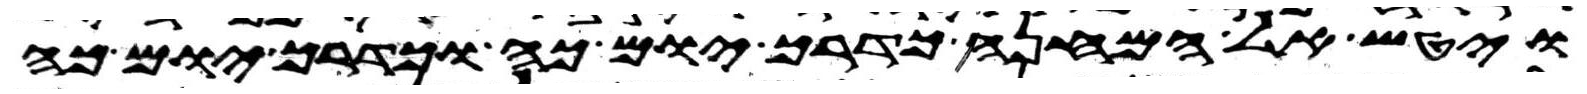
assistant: ויטש אל המחנה כדרך יום כה וכדרך יום כה